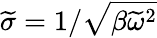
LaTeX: \widetilde{\sigma}=1/\sqrt{\beta\widetilde{\omega}^{2}}